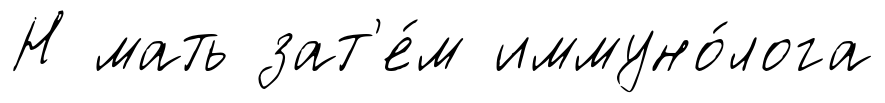
Н мать зат'е́м иммуно́лога